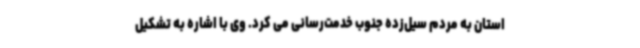
استان به مردم سیل‌زده جنوب خدمت‌رسانی می کرد. وی با اشاره به تشکیل